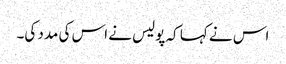
اس نے کہا کہ پولیس نے اس کی مدد کی۔